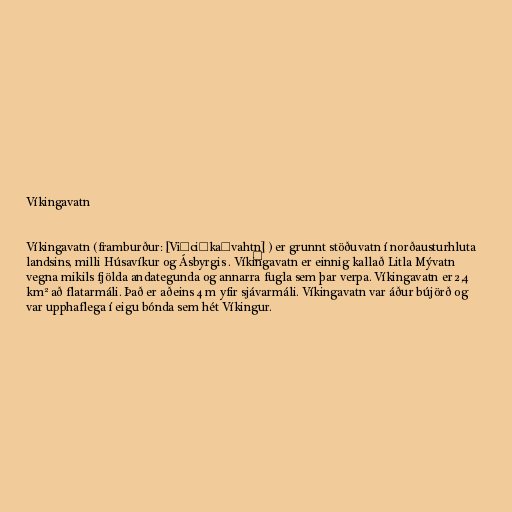
Víkingavatn

Víkingavatn (framburður: [Viːciŋkaˌvahtn̥] ) er grunnt stöðuvatn í norðausturhluta
landsins, milli Húsavíkur og Ásbyrgis . Víkingavatn er einnig kallað Litla Mývatn
vegna mikils fjölda andategunda og annarra fugla sem þar verpa. Víkingavatn er 2,4
km² að flatarmáli. Það er aðeins 4 m yfir sjávarmáli. Víkingavatn var áður bújörð og
var upphaflega í eigu bónda sem hét Víkingur.